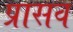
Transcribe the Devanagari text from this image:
प्रासव